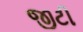
જીટી